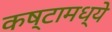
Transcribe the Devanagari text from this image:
कष्टामध्ये